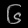
Digit: ၆